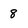
Character: 8